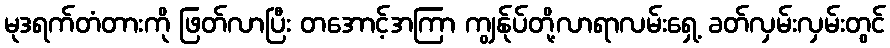
မုဒရက်တံတားကို ဖြတ်လာပြီး တအောင့်အကြာ ကျွန်ုပ်တို့လာရာလမ်းရှေ့ ခတ်လှမ်းလှမ်းတွင်